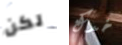
لكن خدك